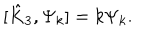
[ \hat { K } _ { 3 } , \Psi _ { k } ] = k \Psi _ { k } .